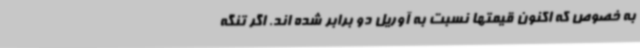
به خصوص که اکنون قیمتها نسبت به آوریل دو برابر شده اند. اگر تنگه